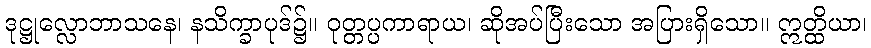
ဒုဋ္ဌုလ္လောဘာသနေ၊ နသိက္ခာပုဒ်၌။ ဝုတ္တပ္ပကာရာယ၊ ဆိုအပ်ပြီးသော အပြားရှိသော။ ဣတ္ထိယာ၊